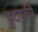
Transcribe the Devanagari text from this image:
हृदयकी